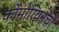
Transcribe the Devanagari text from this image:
कोमोरियनचा